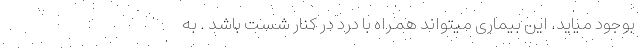
بوجود میاید. این بیماری میتواند همراه با درد در کنار شست باشد . به